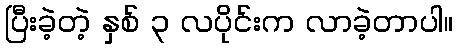
ပြီးခဲ့တဲ့ နှစ် ၃ လပိုင်းက လာခဲ့တာပါ။